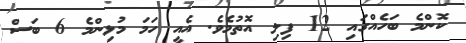
ކޮންމެ ބަހެއްގައި 12 ފިލި އޮތުމެވެ. އެއީ ހަމަ މުޅިންމެ 6 ބަސް